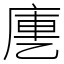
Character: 㐣